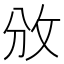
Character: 攽